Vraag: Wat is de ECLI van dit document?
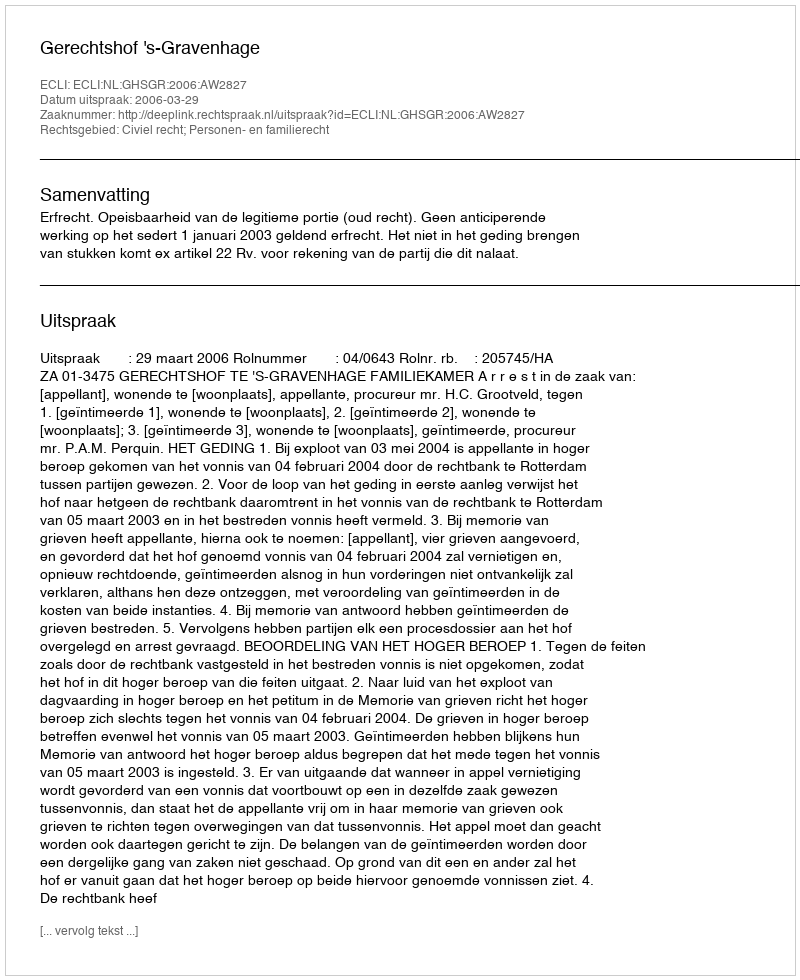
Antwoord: ECLI:NL:GHSGR:2006:AW2827